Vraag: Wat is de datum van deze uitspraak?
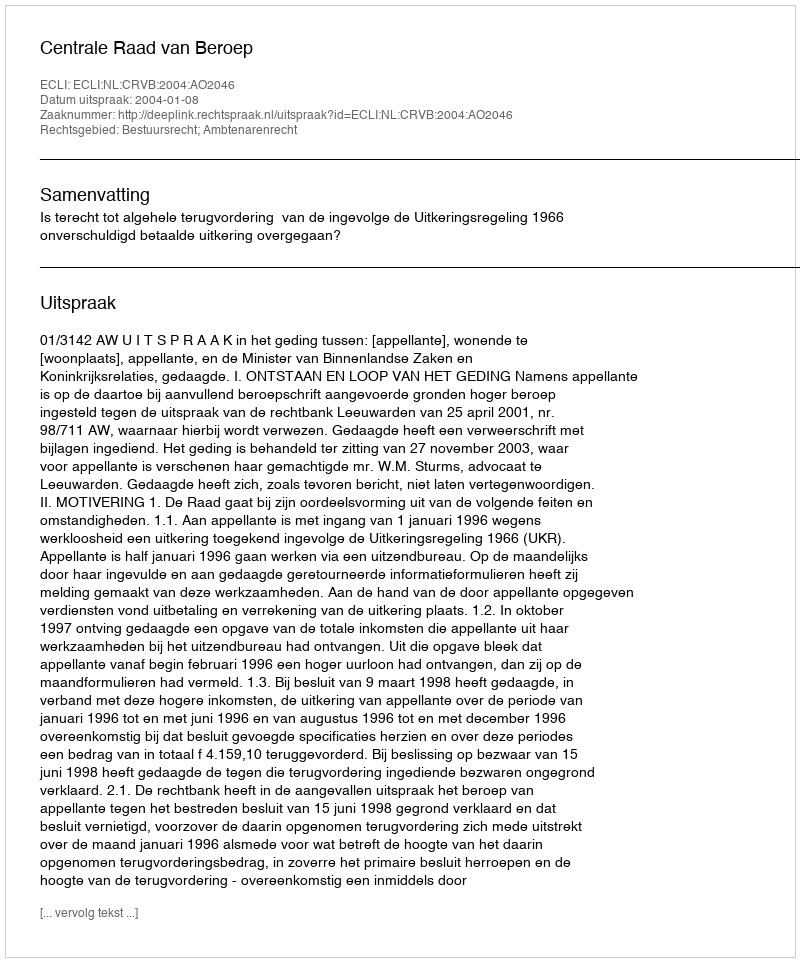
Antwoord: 2004-01-08